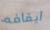
ايقافه